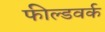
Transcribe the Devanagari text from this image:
फील्डवर्क